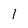
Character: 1